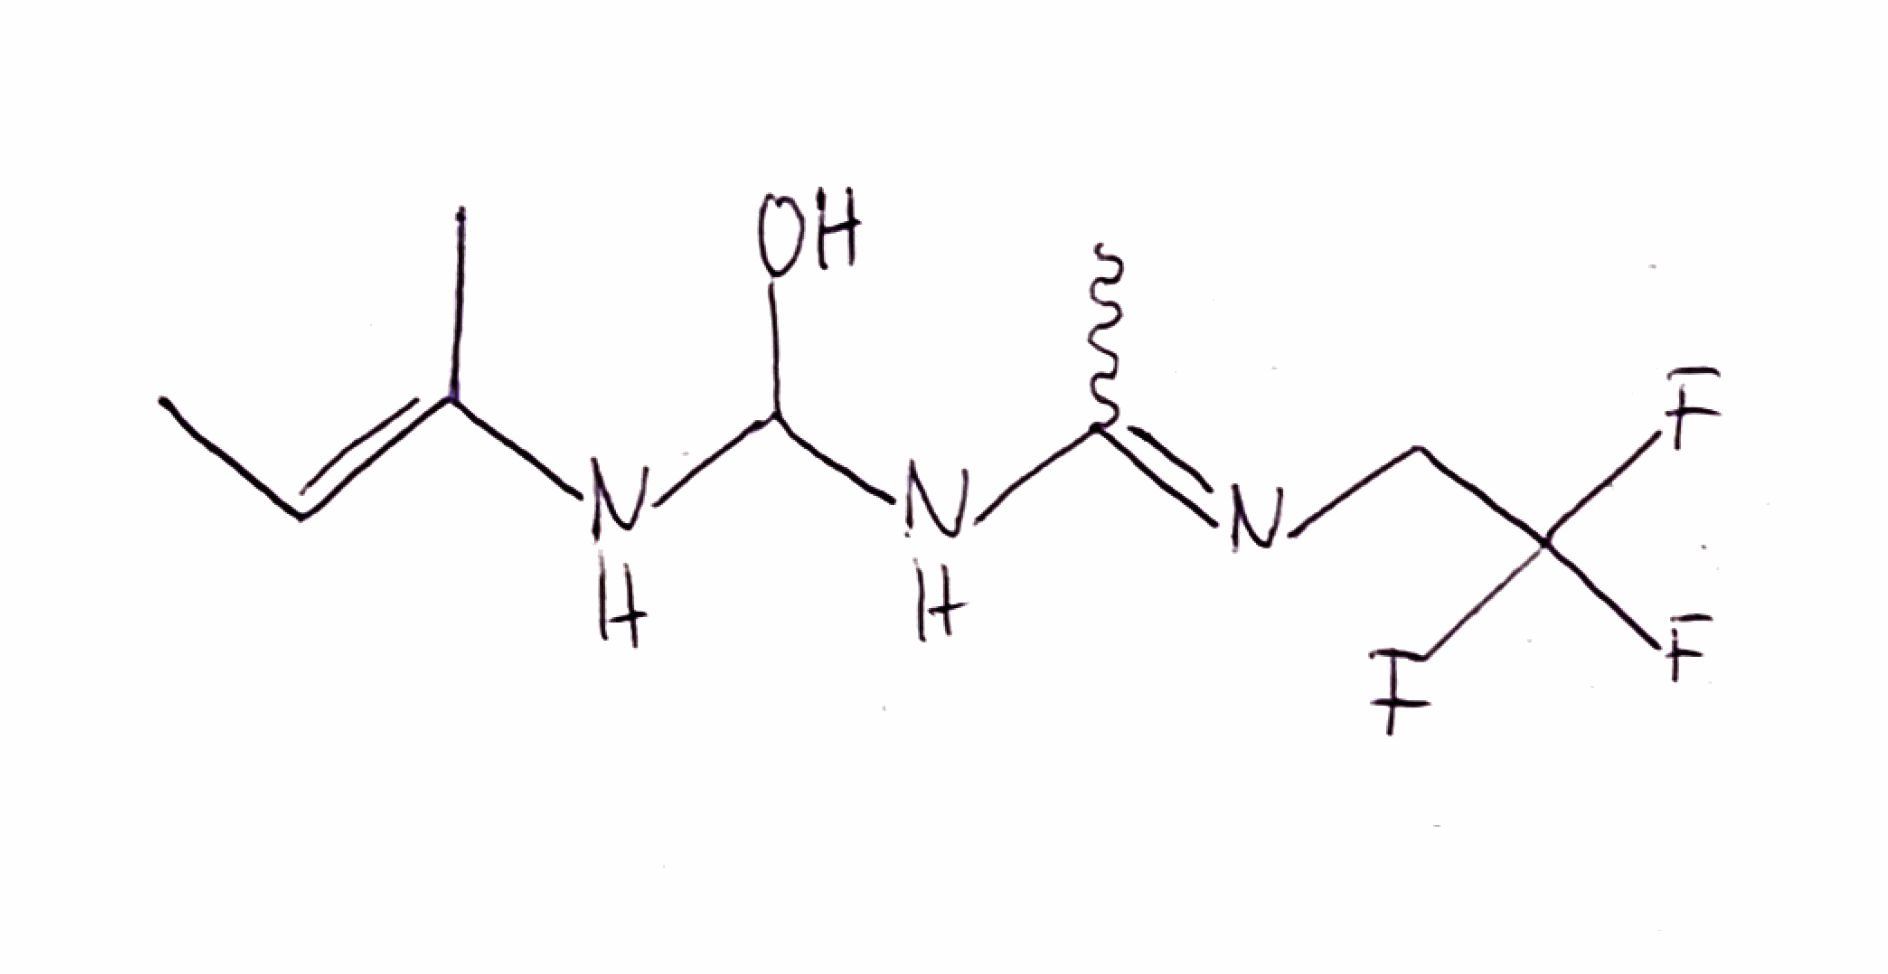
Simplified molecular-input line-entry system (SMILES) notation of the given molecule:
C/C=C(\C)/NC(NC(=NCC(F)(F)F)C)O